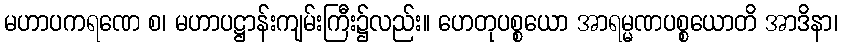
မဟာပကရဏေ စ၊ မဟာပဋ္ဌာန်းကျမ်းကြီး၌လည်း။ ဟေတုပစ္စယော အာရမ္မဏပစ္စယောတိ အာဒိနာ၊